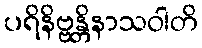
ပရိနိဗ္ဗန္တိနာသဝါတိ